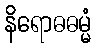
နိရောဓဓမ္မံ